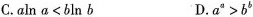
C.$$a\ln a<b\ln b$$ D.$$a^{a}>b^{b}$$